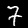
Digit: 7